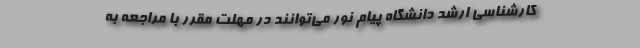
کارشناسی ارشد دانشگاه پیام نور می‌توانند در مهلت مقرر با مراجعه به